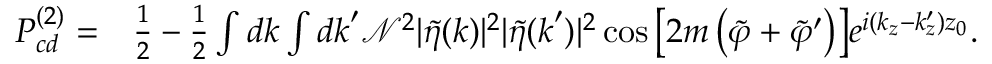
\begin{array} { r l } { P _ { c d } ^ { ( 2 ) } = } & { \frac { 1 } { 2 } - \frac { 1 } { 2 } \int d \boldsymbol { k } \int d \boldsymbol { k } ^ { \prime } \mathcal { N } ^ { 2 } | \tilde { \eta } ( \boldsymbol { k } ) | ^ { 2 } | \tilde { \eta } ( \boldsymbol { k } ^ { \prime } ) | ^ { 2 } \cos { \left[ 2 m \left( \tilde { \varphi } + \tilde { \varphi } ^ { \prime } \right) \right] } e ^ { i ( k _ { z } - k _ { z } ^ { \prime } ) z _ { 0 } } . } \end{array}